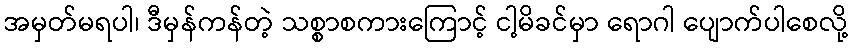
အမှတ်မရပါ၊ ဒီမှန်ကန်တဲ့ သစ္စာစကားကြောင့် ငါ့မိခင်မှာ ရောဂါ ပျောက်ပါစေလို့